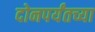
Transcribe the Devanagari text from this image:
दोनपर्यंतच्या